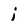
Character: I